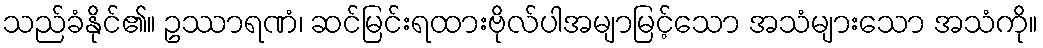
သည်ခံနိုင်၏။ ဥဿာရဏံ၊ ဆင်မြင်းရထားဗိုလ်ပါအမျာမြင့်သော အသံများသော အသံကို။